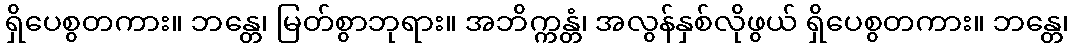
ရှိပေစွတကား။ ဘန္တေ၊ မြတ်စွာဘုရား။ အဘိက္ကန္တံ၊ အလွန်နှစ်လိုဖွယ် ရှိပေစွတကား။ ဘန္တေ၊